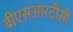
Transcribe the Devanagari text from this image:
बीएसआरटीसी